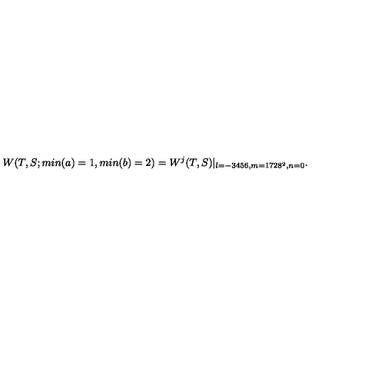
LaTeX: W ( T , S ; m i n ( a ) = 1 , m i n ( b ) = 2 ) = W ^ { j } ( T , S ) | _ { l = - 3 4 5 6 , m = 1 7 2 8 ^ { 2 } , n = 0 } .